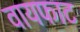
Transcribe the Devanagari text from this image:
वायफाट